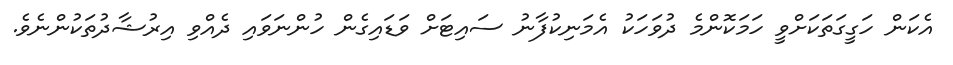
އެކަން ހަގީގަތަކަށްވީ ހަމަކޮންމެ ދުވަހަކު އެމަނިކުފާނު ސައިޓަށް ވަޑައިގެން ހުންނަވައި ދެއްވި އިރުޝާދުތަކުންނެވެ.